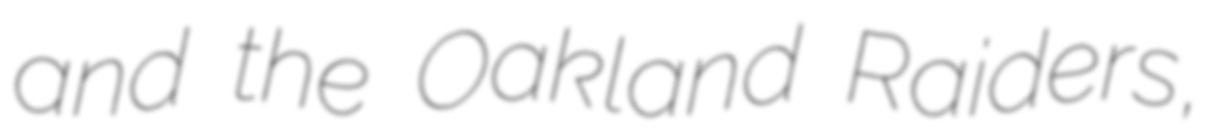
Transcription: and the Oakland Raiders,